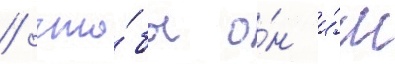
/ что́бы о́н и́м